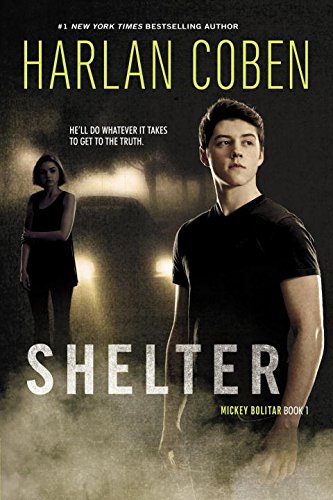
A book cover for Shelter (Book One): A Mickey Bolitar Novel; Harlan Coben; Teen & Young Adult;